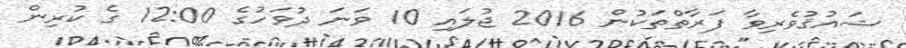
ޝައުޤުވެރިވާ ފަރާތްތަކުން 2016 ޖުލައި 10 ވަނަ ދުވަހުގެ 12:00 ގެ ކުރިން